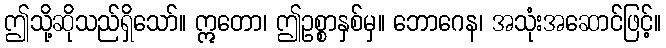
ဤသို့ဆိုသည်ရှိသော်။ ဣတော၊ ဤဥစ္စာနှစ်မှ။ ဘောဂေန၊ အသုံးအဆောင်ဖြင့်။